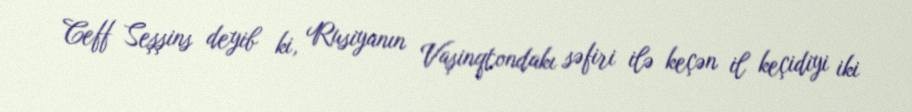
Ceff Seşşins deyib ki, Rusiyanın Vaşinqtondakı səfiri ilə keçən il keçidiyi iki